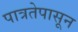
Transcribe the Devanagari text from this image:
पात्रतेपासून